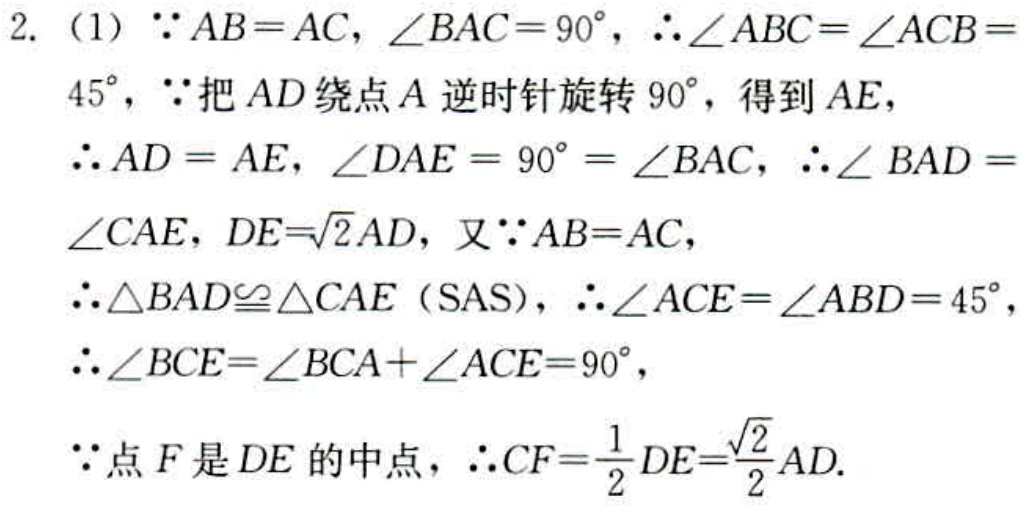
2. (1) \(\because AB = AC\), \(\angle BAC=90^{\circ}\), \(\therefore\angle ABC=\angle ACB = 45^{\circ}\), \(\because\)把 \(AD\) 绕点 \(A\) 逆时针旋转 \(90^{\circ}\), 得到 \(AE\),
\(\therefore AD = AE\), \(\angle DAE = 90^{\circ}=\angle BAC\), \(\therefore\angle BAD=\angle CAE\), \(DE = \sqrt{2}AD\), 又 \(\because AB = AC\),
\(\therefore\triangle BAD\cong\triangle CAE\) (SAS), \(\therefore\angle ACE=\angle ABD = 45^{\circ}\),
\(\therefore\angle BCE=\angle BCA+\angle ACE = 90^{\circ}\),
\(\because\) 点 \(F\) 是 \(DE\) 的中点, \(\therefore CF=\frac{1}{2}DE=\frac{\sqrt{2}}{2}AD\).